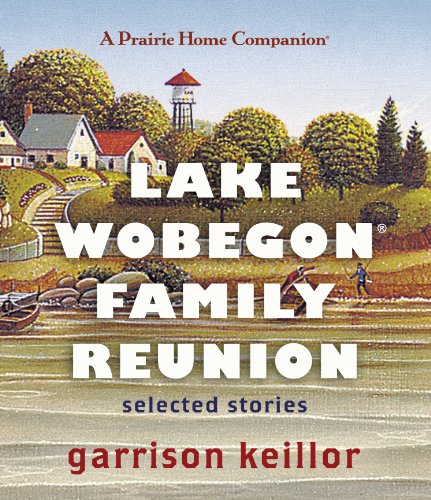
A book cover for Lake Wobegon Family Reunion: Selected Stories (Prairie Home Companion); Garrison Keillor; Humor & Entertainment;